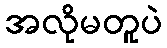
အလိုမတူပဲ